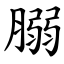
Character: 䐞